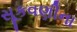
સૂકવણીના